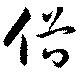
俗